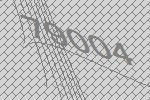
79004